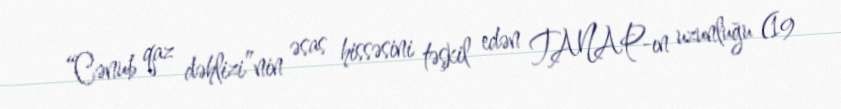
“Cənub qaz dəhlizi”nin əsas hissəsini təşkil edən TANAP-ın uzunluğu (19